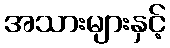
အသားများနှင့်